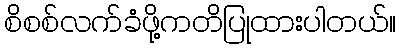
စိစစ်လက်ခံဖို့ကတိပြုထားပါတယ်။